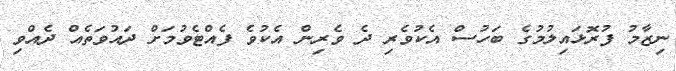
ނިޒާމު ފުރޮޅައިލުމުގެ ބަހުސް އެކުވެރި ދެ ވެރިން އެކުވެ ފެއްޓެވުމަށް ދައުވަތެއް ދެއްވި